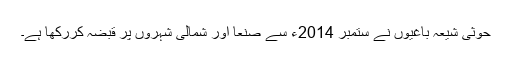
حوثی شیعہ باغیوں نے ستمبر 2014ء سے صنعا اور شمالی شہروں پر قبضہ کررکھا ہے۔